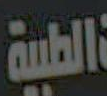
الطبية